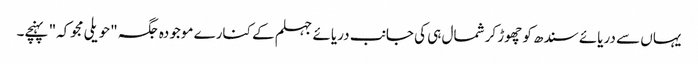
یہاں سے دریائے سندھ کو چھوڑ کر شمال ہی کی جانب دریائے جہلم کے کنارے موجودہ جگہ "حویلی مجوکہ" پہنچے۔